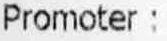
PROMOTER :